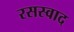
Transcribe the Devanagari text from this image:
रसस्वाद